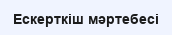
Ескерткіш мәртебесі